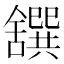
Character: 𦧸